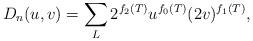
LaTeX: \begin{align*}D_n(u,v) = \sum_{L} 2^{f_2(T)} u^{f_{0}(T)} (2v)^{f_1(T)},\end{align*}